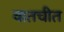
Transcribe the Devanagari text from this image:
वातचीत